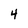
Character: 4